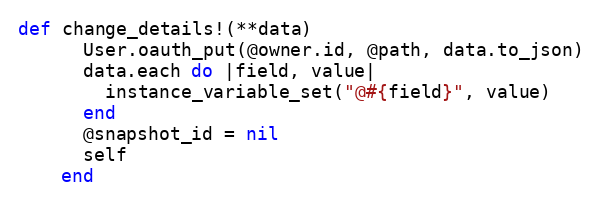
Language: Ruby
def change_details!(**data)
      User.oauth_put(@owner.id, @path, data.to_json)
      data.each do |field, value|
        instance_variable_set("@#{field}", value)
      end
      @snapshot_id = nil
      self
    end